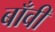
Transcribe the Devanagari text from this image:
बाँवी